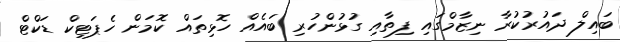
ބައިލް ދައުރުކުރާ ނިޒާމްގައި ފިތާއި ގުޅުންހުރި ބައެއް ހޮޅިތައް ކޮމަން ހެޕަޓިކް ޑަކްޓް